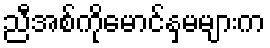
ညီအစ်ကိုမောင်နှမများက